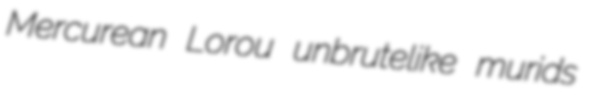
Mercurean Lorou unbrutelike murids